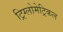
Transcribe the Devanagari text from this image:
ट्रिग्लोमेट्रिकल